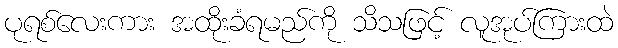
ပုရစ်လေးကား အထိုးခံရမည်ကို သိသဖြင့် လူအုပ်ကြားထဲ